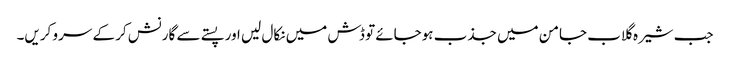
جب شیرہ گلاب جامن میں جذب ہوجائے تو ڈش میں نکال لیں اور پستے سے گارنش کر کے سرو کریں۔